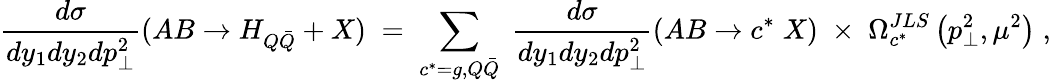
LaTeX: \frac{d\sigma}{dy_{1}dy_{2}dp_{\perp}^{2}}(AB\rightarrow H_{Q\bar{Q}}+X)\; =\; \sum_{c^{\ast}=g,Q\bar{Q}}\; \frac{d\sigma}{dy_{1}dy_{2}dp_{\perp}^{2}}(AB\rightarrow c^{\ast}\; X)\; \times\; \Omega_{c^{\ast}}^{JLS}\left(p_{\perp}^{2},\mu^{2}\right)\; ,